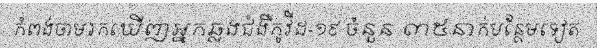
កំពង់ចាមរកឃើញអ្នកឆ្លងជំងឺកូវីដ-១៩ ចំនួន ៣៥នាក់បន្ថែមទៀត